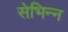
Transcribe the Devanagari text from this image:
सेभिन्न